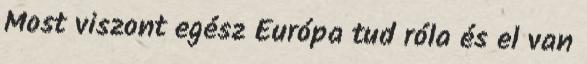
Most viszont egész Európa tud róla és el van